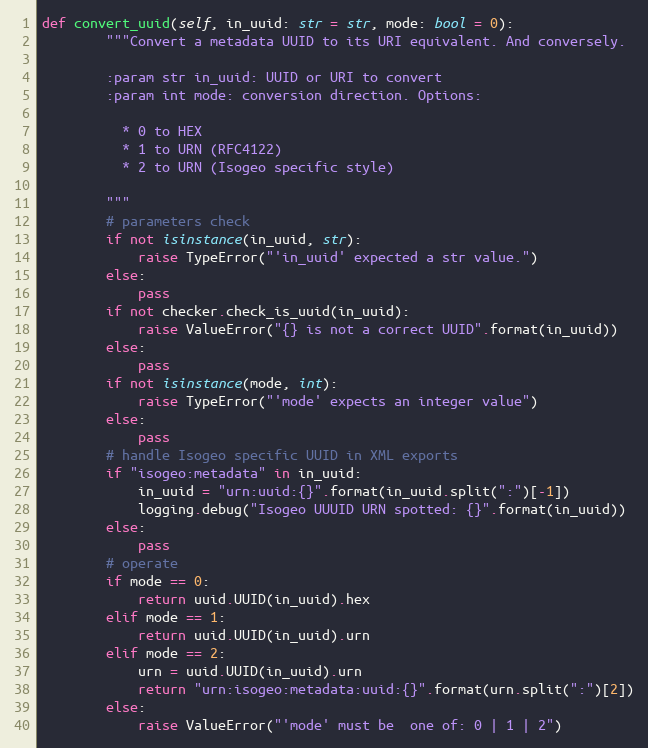
Language: Python
def convert_uuid(self, in_uuid: str = str, mode: bool = 0):
        """Convert a metadata UUID to its URI equivalent. And conversely.

        :param str in_uuid: UUID or URI to convert
        :param int mode: conversion direction. Options:

          * 0 to HEX
          * 1 to URN (RFC4122)
          * 2 to URN (Isogeo specific style)

        """
        # parameters check
        if not isinstance(in_uuid, str):
            raise TypeError("'in_uuid' expected a str value.")
        else:
            pass
        if not checker.check_is_uuid(in_uuid):
            raise ValueError("{} is not a correct UUID".format(in_uuid))
        else:
            pass
        if not isinstance(mode, int):
            raise TypeError("'mode' expects an integer value")
        else:
            pass
        # handle Isogeo specific UUID in XML exports
        if "isogeo:metadata" in in_uuid:
            in_uuid = "urn:uuid:{}".format(in_uuid.split(":")[-1])
            logging.debug("Isogeo UUUID URN spotted: {}".format(in_uuid))
        else:
            pass
        # operate
        if mode == 0:
            return uuid.UUID(in_uuid).hex
        elif mode == 1:
            return uuid.UUID(in_uuid).urn
        elif mode == 2:
            urn = uuid.UUID(in_uuid).urn
            return "urn:isogeo:metadata:uuid:{}".format(urn.split(":")[2])
        else:
            raise ValueError("'mode' must be  one of: 0 | 1 | 2")